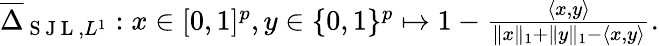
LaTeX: \begin{array}{r}{\overline{{\Delta}}_{\mathrm{~S~J~L~},L^{1}}:x\in[0,1]^{p},y\in\{ 0,1\} ^{p}\mapsto 1-\frac{\langle x,y\rangle}{\| x\| _{1}+\| y\| _{1}-\langle x,y\rangle}.}\end{array}